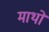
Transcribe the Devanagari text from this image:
माथों